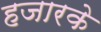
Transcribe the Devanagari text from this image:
हजारके